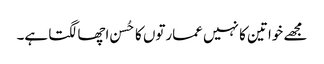
مجھے خواتین کا نہیں عمارتوں کا حُسن اچھا لگتا ہے۔